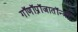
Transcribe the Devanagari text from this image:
गॉणॉप्रॉजातॉन्त्री